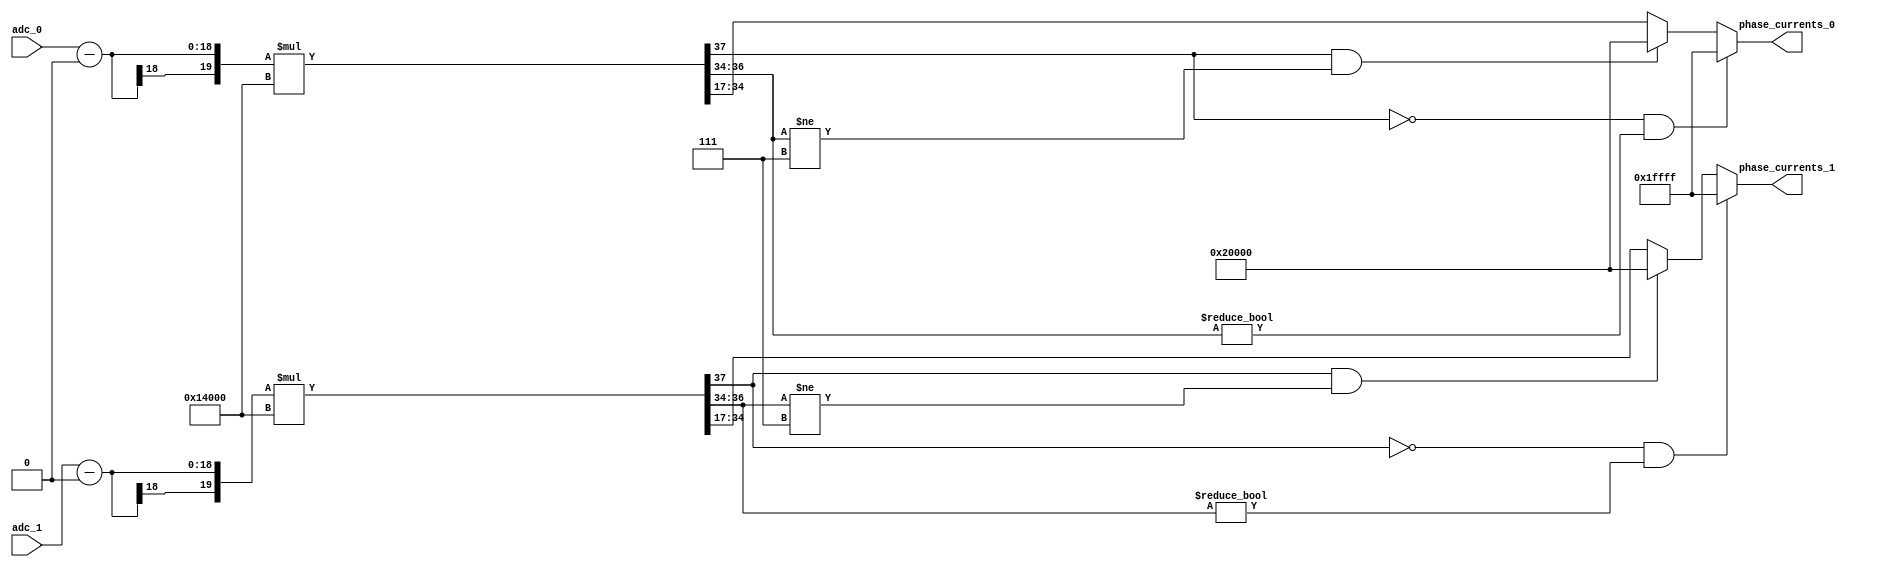
module controllerHdl_ADC_Peripheral_To_Phase_Current
          (
           adc_0,
           adc_1,
           phase_currents_0,
           phase_currents_1
          );


  input   signed [17:0] adc_0;  // sfix18_En17
  input   signed [17:0] adc_1;  // sfix18_En17
  output  signed [17:0] phase_currents_0;  // sfix18_En15
  output  signed [17:0] phase_currents_1;  // sfix18_En15


  wire signed [17:0] adc [0:1];  // sfix18_En17 [2]
  wire signed [17:0] ADC_Zero_Offset_out1;  // sfix18_En16
  wire signed [19:0] Add_v;  // sfix20_En17
  wire signed [19:0] Add_sub_cast;  // sfix20_En17
  wire signed [19:0] Add_sub_cast_1;  // sfix20_En17
  wire signed [19:0] Add_out1 [0:1];  // sfix20_En17 [2]
  wire signed [17:0] ADC_Amps_Per_Driver_Unit_out1;  // sfix18_En15
  wire signed [37:0] Product_mul_temp;  // sfix38_En32
  wire signed [37:0] Product_mul_temp_1;  // sfix38_En32
  wire signed [17:0] phase_currents [0:1];  // sfix18_En15 [2]


  assign adc[0] = adc_0;
  assign adc[1] = adc_1;

  // <S1>/ADC_Zero_Offset
  assign ADC_Zero_Offset_out1 = 18'sb000000000000000000;



  // <S1>/Add
  assign Add_v = {ADC_Zero_Offset_out1[17], {ADC_Zero_Offset_out1, 1'b0}};
  assign Add_sub_cast = adc[0];
  assign Add_out1[0] = Add_sub_cast - Add_v;
  assign Add_sub_cast_1 = adc[1];
  assign Add_out1[1] = Add_sub_cast_1 - Add_v;



  // <S1>/ADC_Amps_Per_Driver_Unit
  assign ADC_Amps_Per_Driver_Unit_out1 = 18'sb010100000000000000;



  // <S1>/Product
  assign Product_mul_temp = Add_out1[0] * ADC_Amps_Per_Driver_Unit_out1;
  assign phase_currents[0] = ((Product_mul_temp[37] == 1'b0) && (Product_mul_temp[36:34] != 3'b000) ? 18'sb011111111111111111 :
              ((Product_mul_temp[37] == 1'b1) && (Product_mul_temp[36:34] != 3'b111) ? 18'sb100000000000000000 :
              $signed(Product_mul_temp[34:17])));
  assign Product_mul_temp_1 = Add_out1[1] * ADC_Amps_Per_Driver_Unit_out1;
  assign phase_currents[1] = ((Product_mul_temp_1[37] == 1'b0) && (Product_mul_temp_1[36:34] != 3'b000) ? 18'sb011111111111111111 :
              ((Product_mul_temp_1[37] == 1'b1) && (Product_mul_temp_1[36:34] != 3'b111) ? 18'sb100000000000000000 :
              $signed(Product_mul_temp_1[34:17])));



  assign phase_currents_0 = phase_currents[0];

  assign phase_currents_1 = phase_currents[1];

endmodule